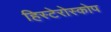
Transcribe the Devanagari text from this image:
हिस्टेरोस्कोप